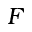
F